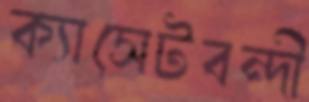
ক্যাসেটবন্দী